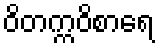
ဝိတက္ကဝိစာရေ